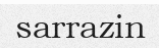
sarrazin